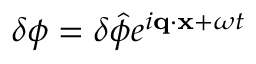
\delta \phi = \delta \hat { \phi } e ^ { i \mathbf { q } \cdot \mathbf { x } + \omega t }